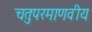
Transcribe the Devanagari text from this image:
चतुःपरमाणवीय